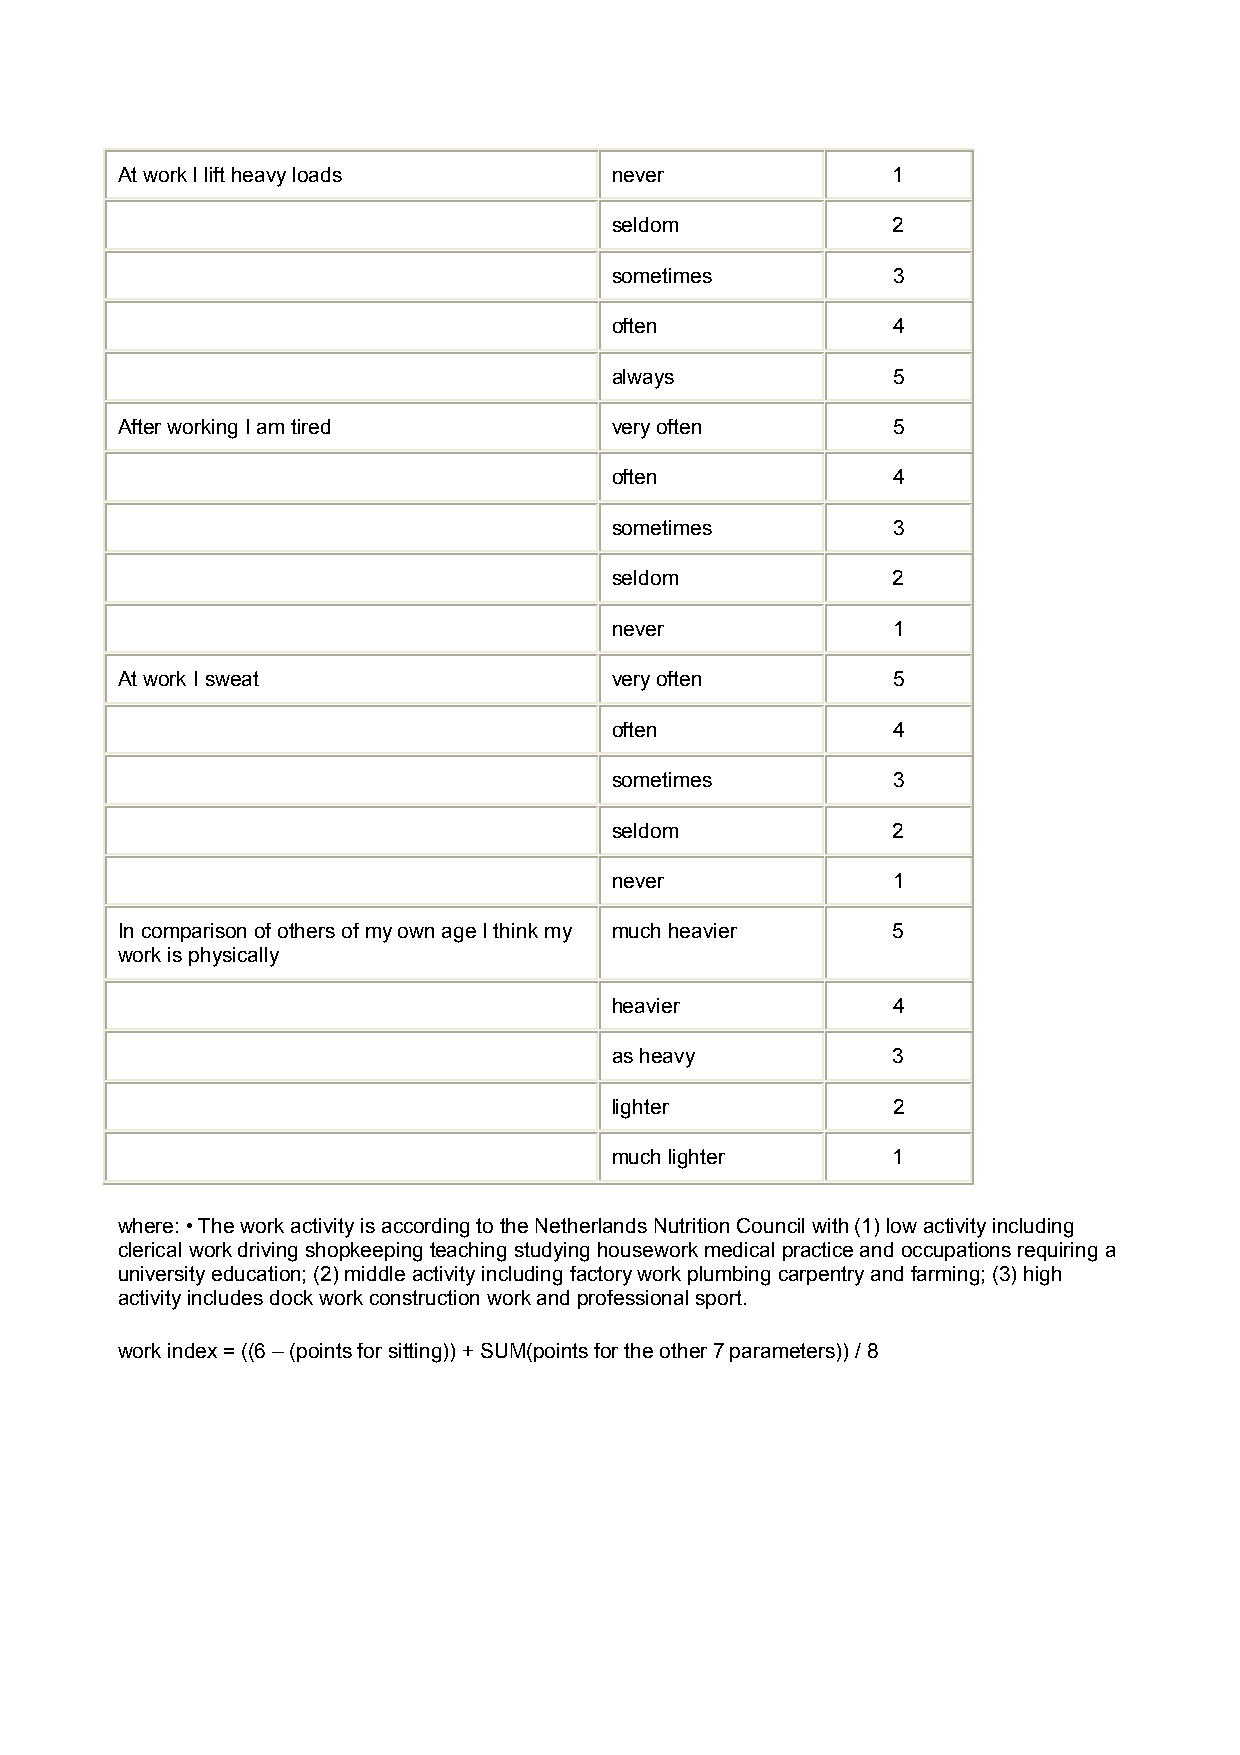
At work I lift heavy loads      never              1
 seldom             2
 sometimes          3
 often              4
 always             5
 After working I am tired        very often         5
 often              4
 sometimes          3
 seldom             2
 never              1
 At work I sweat                 very often         5
 often              4
 sometimes          3
 seldom             2
 never              1
 In comparison of others of my own age I think my much heavier 5
 work is physically
 heavier            4
 as heavy           3
 lighter            2
 much lighter       1
 where: • The work activity is according to the Netherlands Nutrition Council with (1) low activity including
 clerical work driving shopkeeping teaching studying housework medical practice and occupations requiring a
 university education; (2) middle activity including factory work plumbing carpentry and farming; (3) high
 activity includes dock work construction work and professional sport.
 work index = ((6 – (points for sitting)) + SUM(points for the other 7 parameters)) / 8